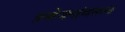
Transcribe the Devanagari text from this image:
प्रयोजनांवरून